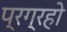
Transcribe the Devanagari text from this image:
प्रग्रहो